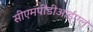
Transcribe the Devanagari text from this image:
सीएमपीडीआईएल